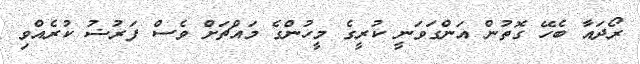
ރޯދައާ ބެހޭ ގޮތުން އަންގަވަނީ ކުރީގެ މީހުންގެ މައްޗަށް ވެސް ފަރުޟު ކުރެއްވި